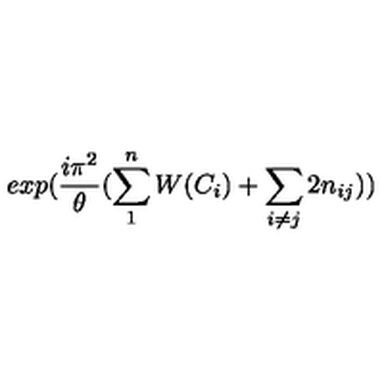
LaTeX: e x p ( { \frac { i \pi ^ { 2 } } { \theta } } ( \sum _ { 1 } ^ { n } W ( C _ { i } ) + \sum _ { i \neq j } 2 n _ { i j } ) )